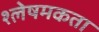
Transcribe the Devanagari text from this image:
श्लेषमकता